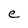
Character: e